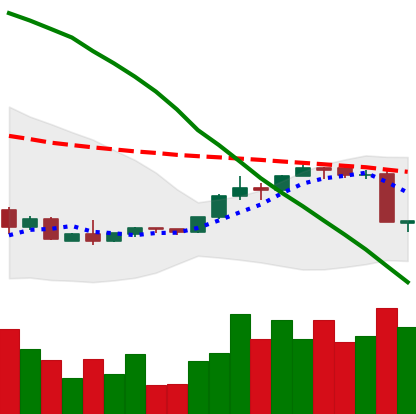
Ticker: EOS-USD
Chart end date: 2018-09-06
Forward return: -4.865%
Label: down_3_5